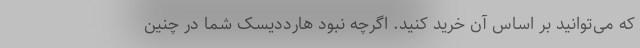
که می‌توانید بر اساس آن خرید کنید. اگرچه نبود هارددیسک شما در چنین